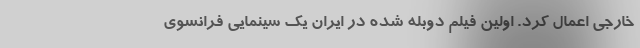
خارجی اعمال کرد. اولین فیلم دوبله شده در ایران یک سینمایی فرانسوی